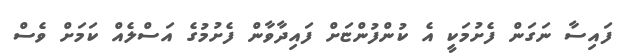
ފައިސާ ނަގަން ފެށުމަކީ އެ ކުންފުންޏަށް ފައިދާވާން ފެށުމުގެ އަސްލެއް ކަމަށް ވެސް